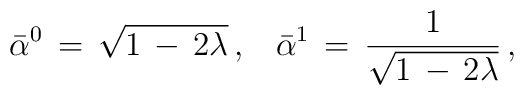
\bar\alpha^0\,=\,\sqrt{1\,-\,2\lambda}\,{,}\quad\bar\alpha^1\,=\,\frac{1}{\sqrt{1\,-\,2\lambda}}\,{,}